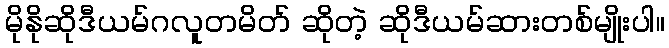
မိုနိုဆိုဒီယမ်ဂလူတမိတ် ဆိုတဲ့ ဆိုဒီယမ်ဆားတစ်မျိုးပါ။